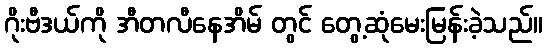
ဂိုးဗီဒယ်ကို အီတလီနေအိမ် တွင် တွေ့ဆုံမေးမြန်းခဲ့သည်။